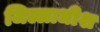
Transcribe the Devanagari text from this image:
जिल्लाधीश